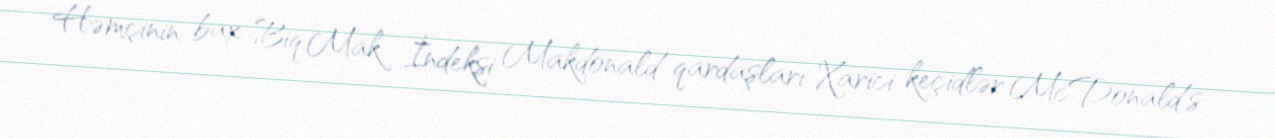
Həmçinin bax Biq Mak İndeksi Makdonald qardaşları Xarici keçidlər McDonald's